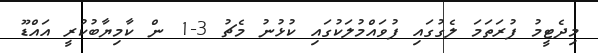
މިދެޓީމު ފުރަތަމަ ލެގުގައި ފުވައްމުލަކުގައި ކުޅުނު މެޗު 3-1 ން ކާމިޔާބުކުރީ އައްޑޫ